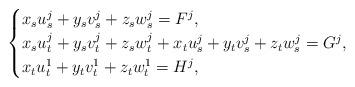
LaTeX: \begin{align*} \begin{cases}x_{s} u^{j}_{s} + y_{s} v^{j}_{s} + z_{s} w^{j}_{s} = F^{j}, \\x_{s} u^{j}_{t} + y_{s} v^{j}_{t} + z_{s} w^{j}_{t} + x_{t} u^{j}_{s} + y_{t} v^{j}_{s} + z_{t} w^{j}_{s} = G^{j}, \\x_{t} u^{1}_{t} + y_{t} v^{1}_{t} + z_{t} w^{1}_{t} = H^{j},\end{cases}\end{align*}